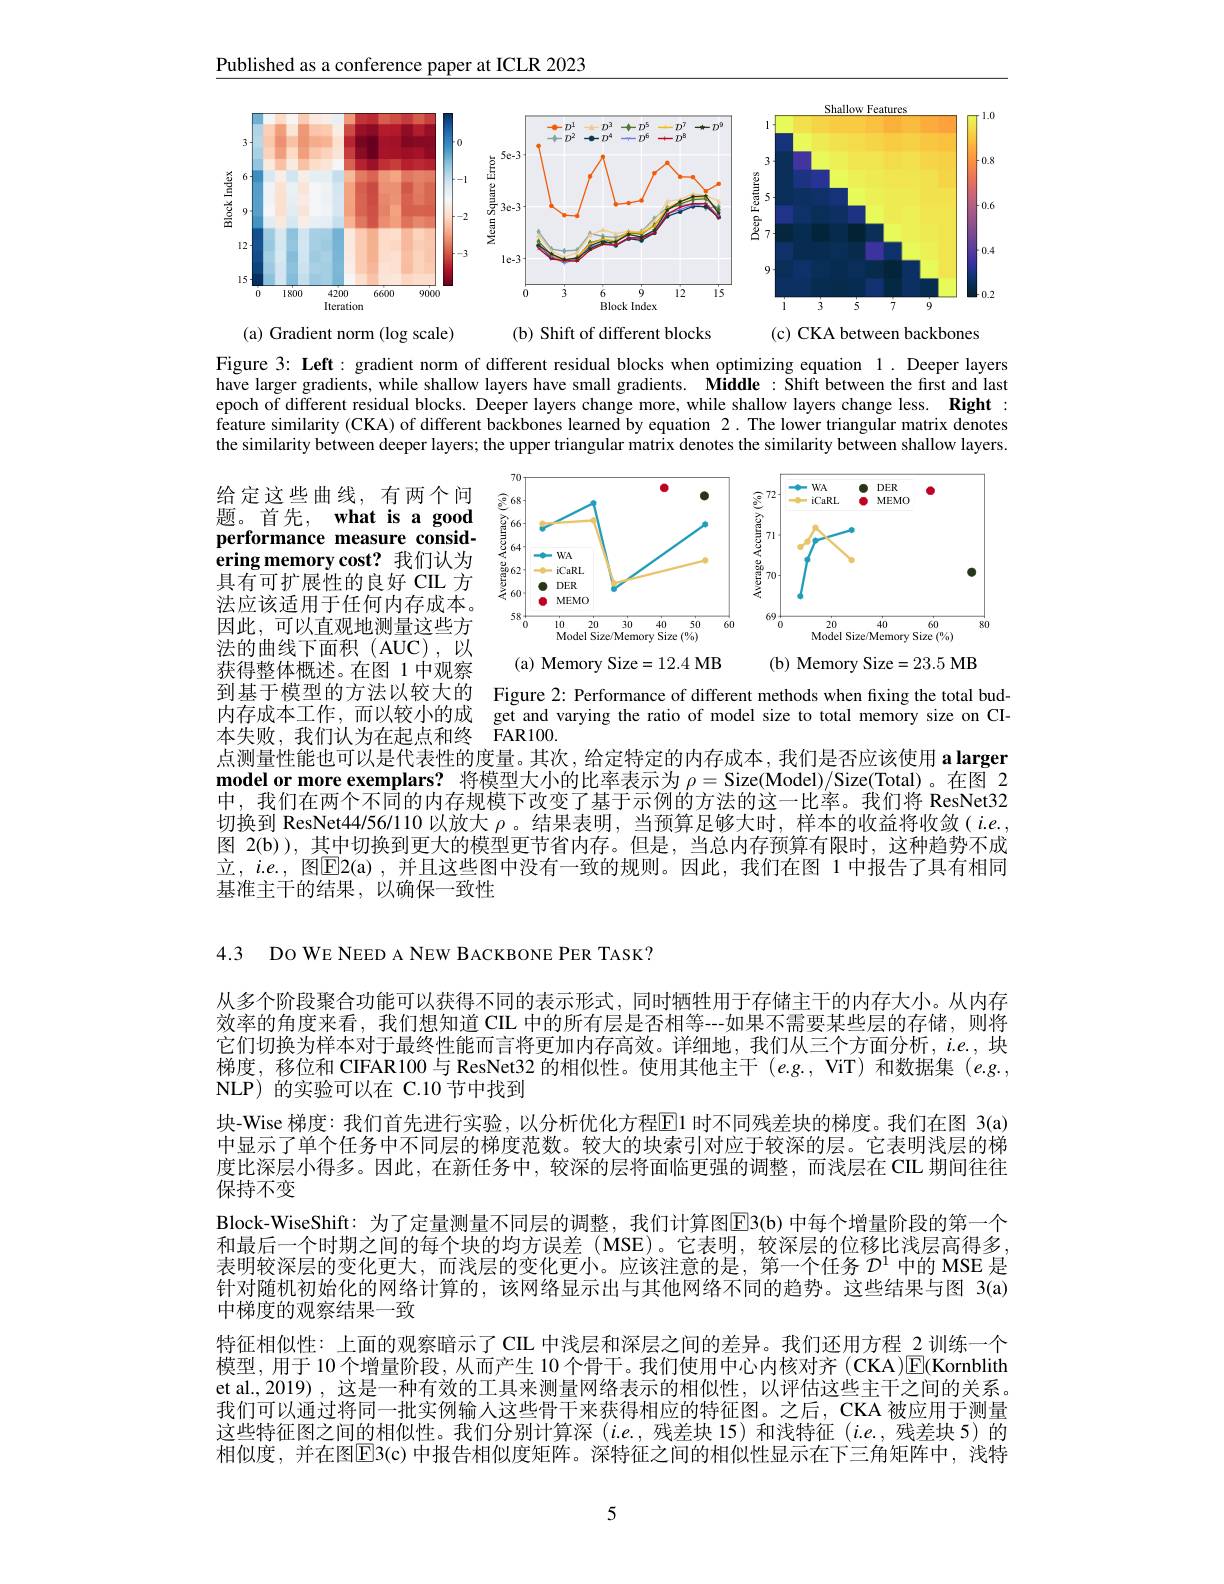
Published as a conference paper at ICLR 2023

<FigureHere>
(a) Gradient norm (log scale)
(b) Shift of different blocks

(c) CKA between backbones

Figure 3: Left: gradient norm of different residual blocks when optimizing equation 1. Deeper layers have larger gradients, while shallow layers have small gradients. Middle: Shift between the first and last epoch of different residual blocks. Deeper layers change more, while shallow layers change less. Right : $\dot{\text{feature similarity (CKA) of different backbones learned by equation 2.The lower triangular matrix denotes}}$ the similarity between deeper layers; the upper triangular matrix denotes the similarity between shallow layers.

<FigureHere>
(a) Memory Size=12.4 MB
(b) Memory Size=23.5 MB

获得整体概述。在图 1 中观察
到基于模型的方法以较大的 Figure 2: Performance of different methods when fixing the total bud内存成本工作，而以较小的成 get and varying the ratio of model size to total memory size on CI本失败，我们认为在起点和终 FAR100.
点测量性能也可以是代表性的度量。其次，给定特定的内存成本，我们是否应该使用 a larger

model or more exemplars? 将模型大小的比率表示为$\rho=$Size(Model)/Size(Total)。在图 2中，我们在两个不同的内存规模下改变了基于示例的方法的这一比率。我们将 ResNet32切换到 ResNet44/56/110 以放大$\rho$。结果表明，当预算足够大时，样本的收益将收敛( $i.e.$, 图 2(b)),其中切换到更大的模型更节省内存。但是，当总内存预算有限时，这种趋势不成立，$i.e.$, 图$\boxed{\mathrm{E} }2( \mathfrak{a} ) $,并且这些图中没有一致的规则。因此，我们在图 1 中报告了具有相同基准主干的结果，以确保一致性

4.3 DO WE NEED A NEW BACKBONE PER TASK?

从多个阶段聚合功能可以获得不同的表示形式，同时牺牲用于存储主干的内存大小。从内存效率的角度来看，我们想知道 CIL 中的所有层是否相等---如果不需要某些层的存储，则将它们切换为样本对于最终性能而言将更加内存高效。详细地，我们从三个方面分析，$i.e.$,块梯度，移位和 CIFAR100 与 ResNet32 的相似性。使用其他主干$( e. g. $,ViT)和数据集$(e.g.$, NLP) 的实验可以在 C.10 节中找到
块-Wise 梯度：我们首先进行实验，以分析优化方程E1 时不同残差块的梯度。我们在图 3(a) 中显示了单个任务中不同层的梯度范数。较大的块索引对应于较深的层。它表明浅层的梯度比深层小得多。因此，在新任务中，较深的层将面临更强的调整，而浅层在 CIL 期间往往保持不变
Block-WiseShift: 为了定量测量不同层的调整，我们计算图$\overline{\mathrm{E}}$3(b)中每个增量阶段的第一个和最后一个时期之间的每个块的均方误差 (MSE)。它表明，较深层的位移比浅层高得多表明较深层的变化更大，而浅层的变化更小。应该注意的是，第一个任务$D^{1}$中的 MSE 是针对随机初始化的网络计算的，该网络显示出与其他网络不同的趋势。这些结果与图 3(a) 中梯度的观察结果一致
特征相似性：上面的观察暗示了 CIL 中浅层和深层之间的差异。我们还用方程\_2训练一个模型，用于10个增量阶段，从而产生 10 个骨干。我们使用中心内核对齐 (CKA)E(Kornblith et al., 2019) , 这是一种有效的工具来测量网络表示的相似性，以评估这些主干之间的关系。我们可以通过将同一批实例输人这些骨干来获得相应的特征图。之后，CKA 被应用于测量这些特征图之间的相似性。我们分别计算深 (i.e.,残差块 15)和浅特征 $(i.e.$,残差块 5) 的相似度，并在图$\overline{\mathrm{E}}$3(c) 中报告相似度矩阵。深特征之间的相似性显示在下三角矩阵中，浅特

5